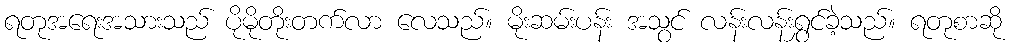
ရတုအရေးအသားသည် ပိုမိုတိုးတက်လာ လေသည်။ မိုးဆမ်းပန်း အသွင် လန်းလန်းရွှင်ခဲ့သည်။ ရတုစာဆို